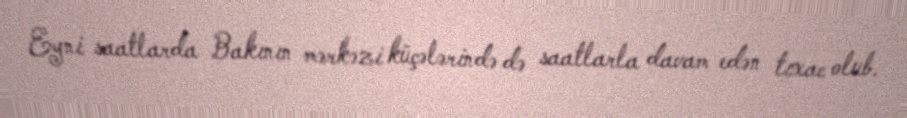
Eyni saatlarda Bakının mərkəzi küçələrində də saatlarla davam edən tıxac olub.